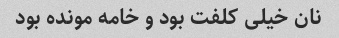
نان خیلی کلفت بود و خامه مونده بود